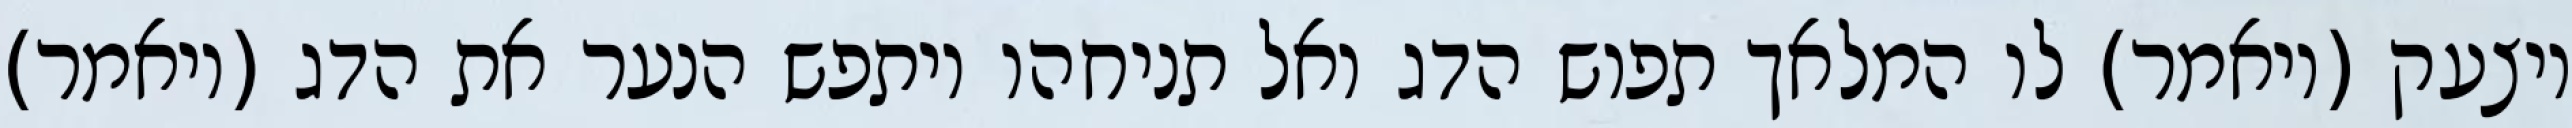
ויצעק (ויאמר) לו המלאך תפוש הדג ואל תניחהו ויתפש הנער את הדג (ויאמר)